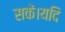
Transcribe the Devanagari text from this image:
सकें।यदि